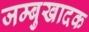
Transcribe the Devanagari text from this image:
जम्बुखादक